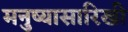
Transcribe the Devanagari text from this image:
मनुष्यासारिखी